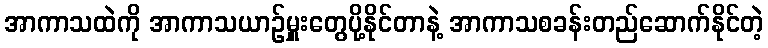
အာကာသထဲကို အာကာသယာဉ်မှူးတွေပို့နိုင်တာနဲ့ အာကာသစခန်းတည်ဆောက်နိုင်တဲ့